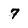
Character: 7